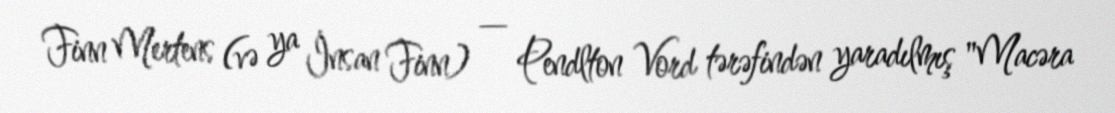
Finn Mertens (və ya İnsan Finn) — Pendlton Vord tərəfindən yaradılmış "Macəra